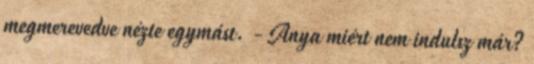
megmerevedve nézte egymást. - Anya miért nem indulsz már?